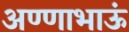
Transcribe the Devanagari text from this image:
अण्णाभाऊं